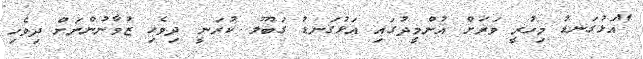
"އަޅުގަނޑު މިހުރީ ވަރަށް އުންމީދުގައި އަޅުގަނޑު ގަބޫލު ކުރަނީ ދިވެހި ޒުވާނުންނަށް ދިވެހި